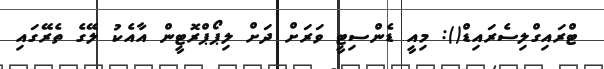
ޓްރައިގްލިސެރައިޑް(): މިއީ ޑެންސިޓީ ވަރަށް ދަށް ލިޕޯޕްރޮޓީން އާއެކު ލޭގެ ތެރޭގައި